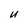
Character: U